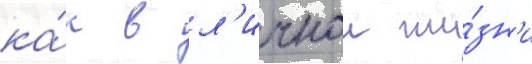
ка́к в л'ичнои жи́зн'и